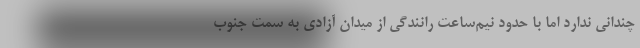
چندانی ندارد اما با حدود نیم‌ساعت رانندگی از میدان آزادی به سمت جنوب